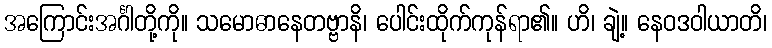
အကြောင်းအင်္ဂါတို့ကို။ သမောဓာနေတဗ္ဗာနိ၊ ပေါင်းထိုက်ကုန်ရာ၏။ ဟိ၊ ချဲ့။ နေဝဒဝါယာတိ၊